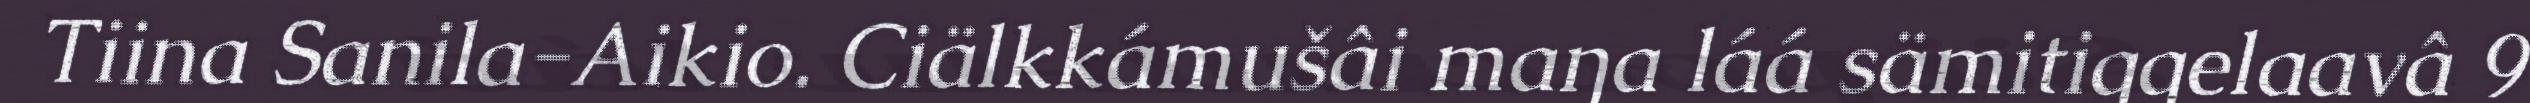
Tiina Sanila-Aikio. Ciälkkámušâi maŋa láá sämitiggelaavâ 9